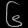
Digit: ၆